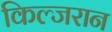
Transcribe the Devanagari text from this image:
किल्जरान